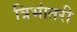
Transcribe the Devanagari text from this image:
त्रिभांतरी